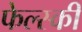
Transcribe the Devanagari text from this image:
फेल्स्की